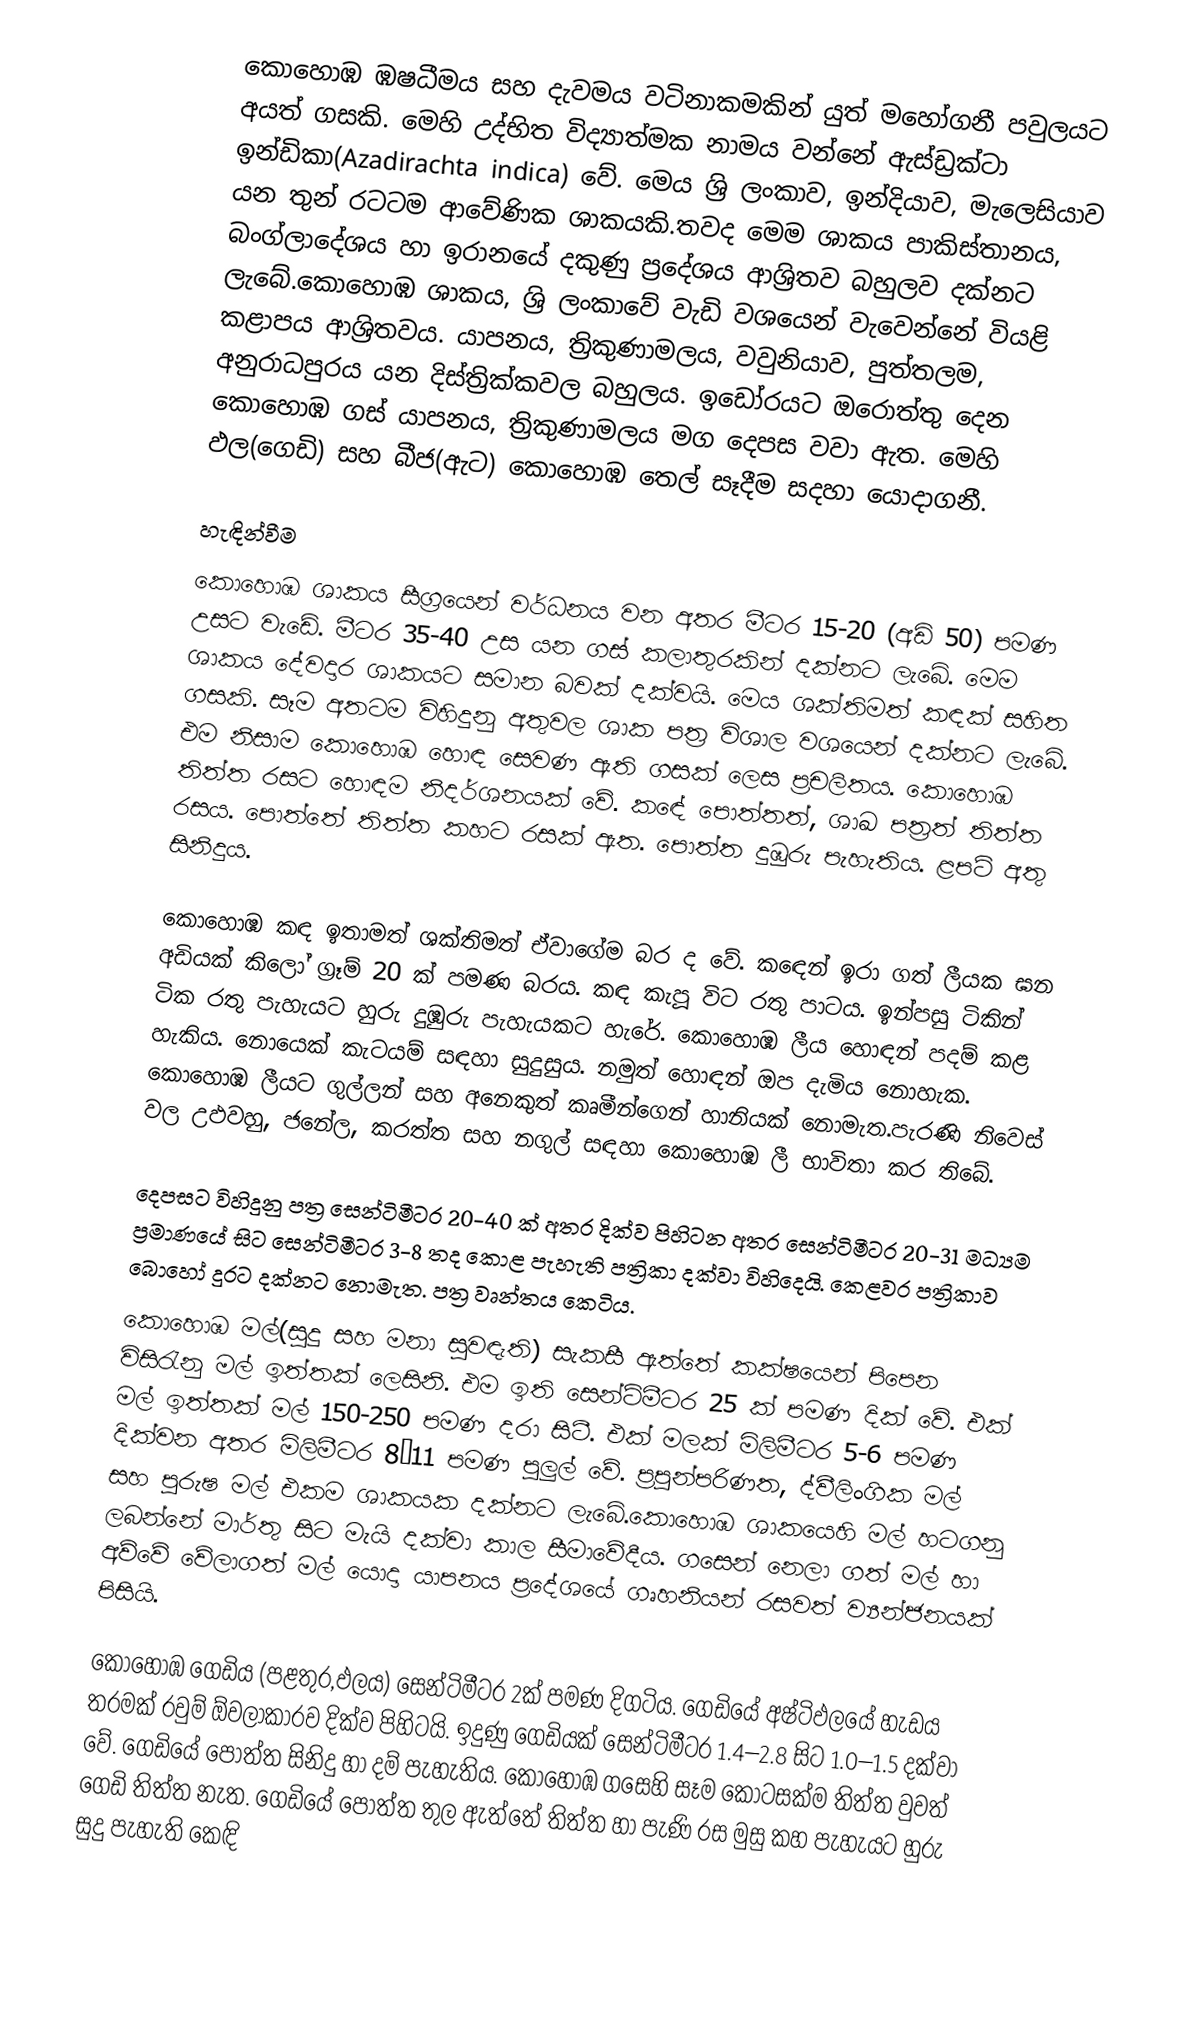
කොහොඹ ඹෂධීමය සහ දැවමය වටිනාකමකින් යුත් මහෝගනී පවුලයට අයත් ගසකි. මෙහි උද්භිත විද්‍යාත්මක නාමය වන්නේ ඇස්ඩ්‍රක්ටා ඉන්ඩිකා(Azadirachta indica) වේ. මෙය ශ්‍රි ලංකාව, ඉන්දියාව, මැලෙසියාව යන තුන් රටටම ආවේණික ශාකයකි.තවද මෙම ශාකය පාකිස්තානය, බංග්ලාදේශය හා ඉරානයේ දකුණු ප්‍රදේශය ආශ්‍රිතව බහුලව දක්නට ලැබේ.කොහොඹ ශාකය, ශ්‍රි ලංකාවේ වැඩි වශයෙන් වැවෙන්නේ වියළි කළාපය ආශ්‍රිතවය. යාපනය, ත්‍රිකුණාමලය, වවුනියාව, පුත්තලම, අනුරාධපුරය යන දිස්ත්‍රික්කවල බහුලය. ඉඩෝරයට ඔරොත්තු දෙන කොහොඹ ගස් යාපනය, ත්‍රිකුණාමලය මග දෙපස වවා ඇත.  මෙහි ඵල(ගෙඩි) සහ බීජ(ඇට) කොහොඹ තෙල් සෑදීම සදහා යොදාගනී.

හැඳින්වීම
කොහොඹ ශාකය සීග්‍රයෙන් වර්ධනය වන අතර මීටර 15-20 (අඩි 50) පමණ උසට වැඩේ. මීටර 35-40 උස යන ගස් කලාතුරකින් දක්නට ලැබේ. මෙම ශාකය දේවදාර ශාකයට සමාන බවක් දක්වයි. මෙය ශක්තිමත් කඳක් සහිත ගසකි. සෑම අතටම විහිදුනු අතුවල ශාක පත්‍ර විශාල වශයෙන් දක්නට ලැබේ. එම නිසාම කොහොඹ හොඳ සෙවණ ඇති ගසක් ලෙස ප්‍රචලිතය. කොහොඹ තිත්ත රසට හොඳම නිදර්ශනයක් වේ. කඳේ පොත්තත්, ශාඛ පත්‍රත් තිත්ත රසය. පොත්තේ තිත්ත කහට රසක් ඇත. පොත්ත දුඹුරු පැහැතිය. ළපටි අතු සිනිදුය.

කොහොඹ කඳ ඉතාමත් ශක්තිමත් ඒවාගේම බර ද වේ. කඳෙන් ඉරා ගත් ලීයක ඝන අඩියක් කිලෝ ග්‍රෑම් 20 ක්  පමණ බරය. කඳ කැපූ විට රතු පාටය. ඉන්පසු ටිකින් ටික රතු පැහැයට හුරු දුඹුරු පැහැයකට හැරේ. කොහොඹ ලීය හොඳන් පදම් කළ හැකිය. නොයෙක් කැටයම් සඳහා සුදුසුය. නමුත් හොඳන් ඔප දැමිය නොහැක. කොහොඹ ලීයට ගුල්ලන් සහ අනෙකුත් කෘමීන්ගෙන් හානියක් නොමැත.පැරණි නිවෙස් වල උඵවහු, ජනේල, කරත්ත සහ නගුල් සඳහා කොහොඹ ලී භාවිතා කර තිබේ.

දෙපසට විහිදුනු පත්‍ර  සෙන්ටිමීටර 20-40 ක් අතර දික්ව පිහිටන අතර සෙන්ටිමීටර 20-31 මධ්‍යම ප්‍රමාණයේ සිට සෙන්ටිමීටර 3-8 තද කොළ පැහැති පත්‍රිකා දක්වා විහිදෙයි. කෙළවර පත්‍රිකාව බොහෝ දුරට දක්නට නොමැත. පත්‍ර වෘන්තය කෙටිය.
කොහොඹ මල්(සුදු සහ මනා සුවඳැති) සැකසී ඇත්තේ කක්ෂයෙන් පිපෙන විසිරැනු මල් ඉත්තක් ලෙසිනි. එම ඉති සෙන්ටිමීටර 25 ක් පමණ දික් වේ. එක් මල් ඉත්තක් මල් 150-250 පමණ දරා සිටී. එක් මලක් මිලිමීටර 5-6 පමණ දික්වන අතර මිලිමීටර 8–11 පමණ පුලුල් වේ. ප්‍රපුන්පරිණත, ද්වීලිංගික මල් සහ පුරුෂ මල් එකම ශාකයක දක්නට ලැබේ.කොහොඹ ශාකයෙහි මල් හටගනු ලබන්නේ මාර්තු සිට මැයි දක්වා කාල සීමාවේදීය.  ගසෙන් නෙලා ගත් මල් හා අව්වේ වේලාගත් මල් යොදා යාපනය ප්‍රදේශයේ ගෘහනියන් රසවත් ව්‍යන්ජනයක් පිසියි.

කොහොඹ ගෙඩිය (පළතුර,ඵලය) සෙන්ටිමීටර 2ක් පමණ දිගටිය. ගෙඩියේ අෂ්ටිඵලයේ හැඩය තරමක් රවුම් ඕවලාකාරව දික්ව පිහිටයි. ඉදුණු ගෙඩියක් සෙන්ටිමීටර 1.4–2.8 සිට 1.0–1.5 දක්වා වේ. ගෙඩියේ පොත්ත සිනිදු හා දම් පැහැතිය. කොහොඹ  ගසෙහි සෑම කොටසක්ම තිත්ත වුවත් ගෙඩි තිත්ත නැත. ගෙඩියේ පොත්ත තුල ඇත්තේ තිත්ත හා පැණි රස මුසු කහ පැහැයට හුරු සුදු පැහැති කෙඳි